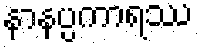
နာနပ္ပကာရဿ